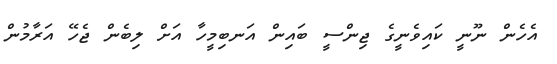
އެހެން ނޫނީ ކައިވެނީގެ ޖިންސީ ބައިން އަނބިމީހާ އަށް ލިބެން ޖެހޭ އަރާމުން